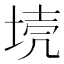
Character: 𡋼